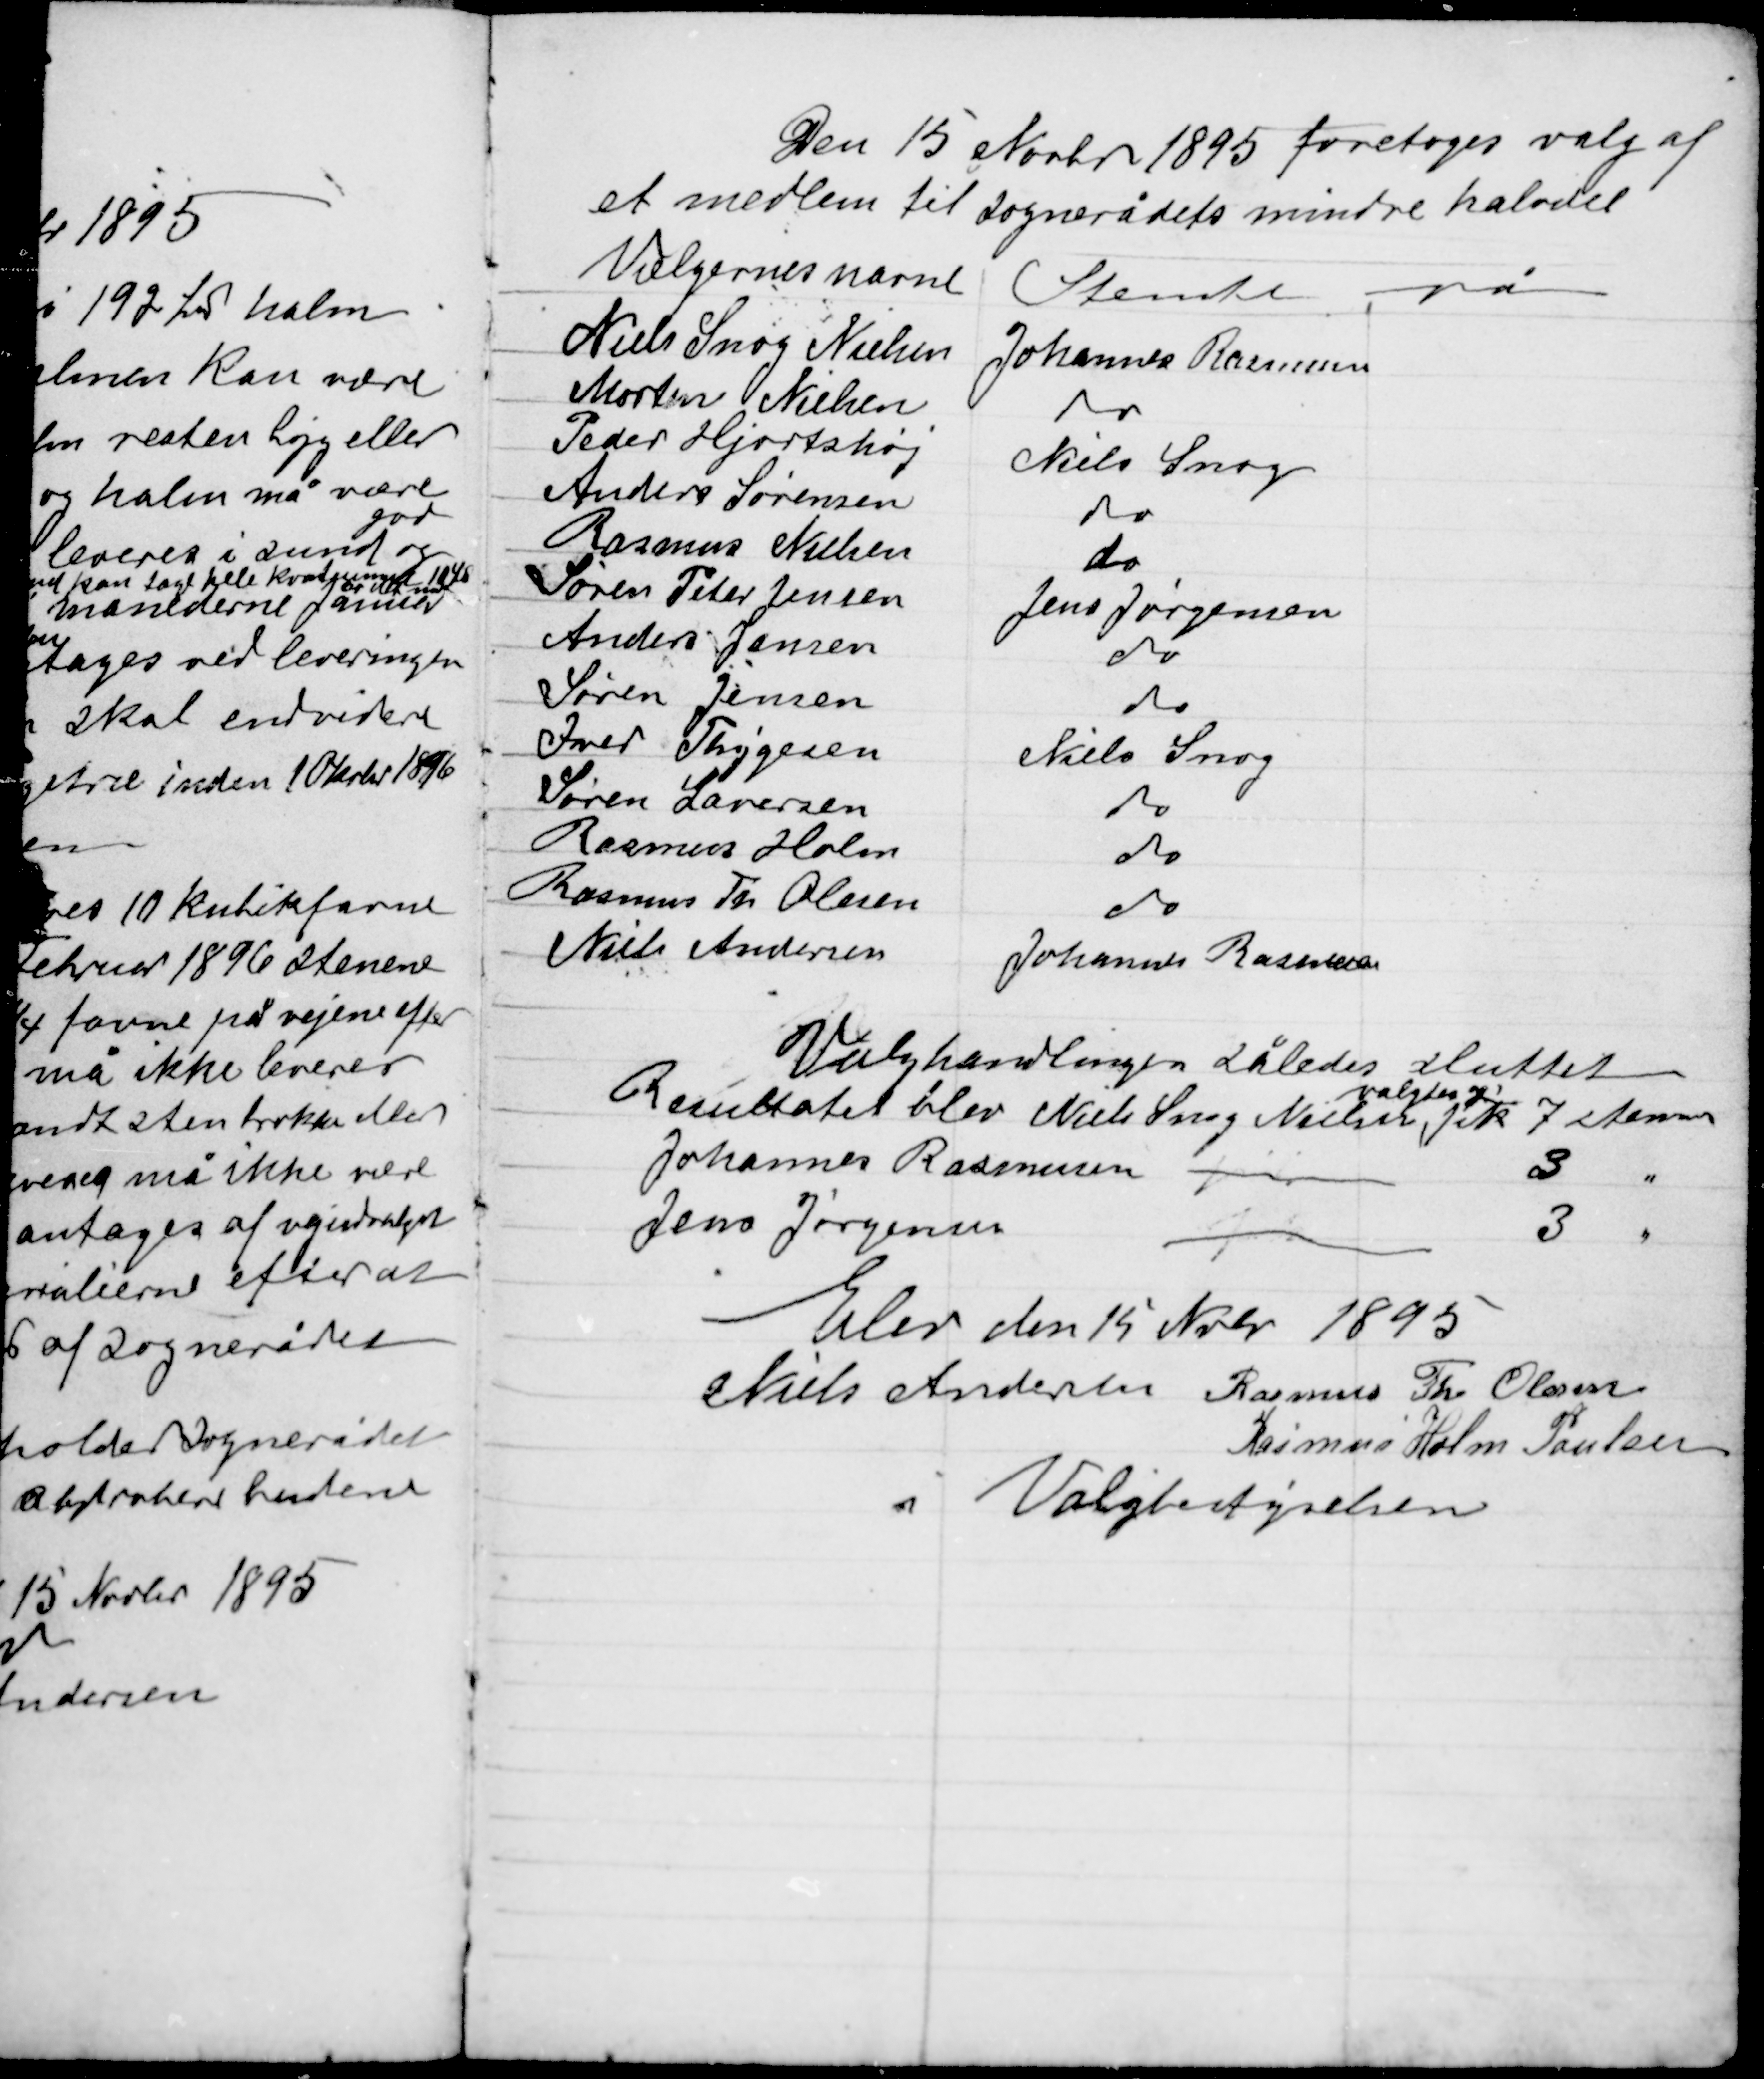
Transskription:
Den 15 Novbr 1895 foretoges valg af
et medlem til sognerådets mindre halvdel

Valghandlingen således sluttet
valgtes og
Resultatet blev Niels Snog Nielsen fik 7 stemmer
Johannes Rasmussen 3 "
Jens Jørgensen 3 "

Elev den 15 Nvbr 1895
Niels Andersen Rasmus Th Olesen
Rasmus Holm Poulsen
i Valgbestyrelsen